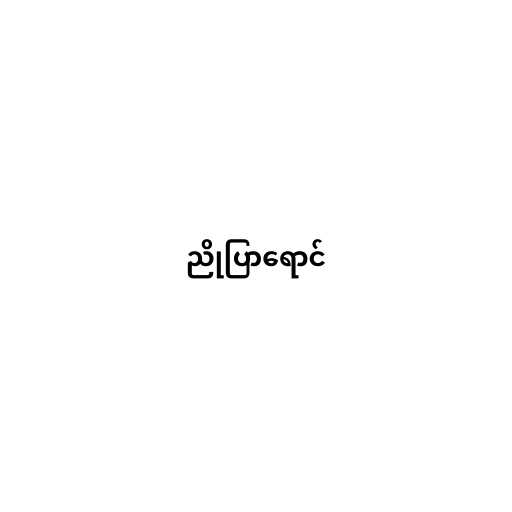
ညိုပြာရောင်